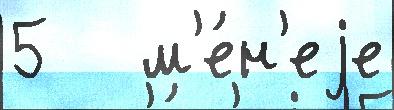
5   м'е́н'еjе